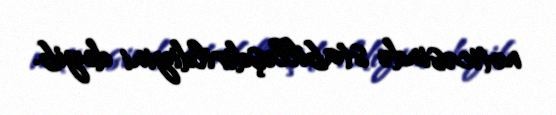
nəticəsində stabilləşdirildiyini deyib.